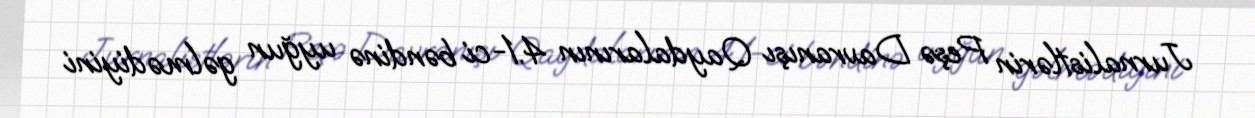
Jurnalistlərin Peşə Davranışı Qaydalarının 4.1-ci bəndinə uyğun gəlmədiyini